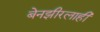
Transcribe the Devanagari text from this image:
बेनझीरलाही